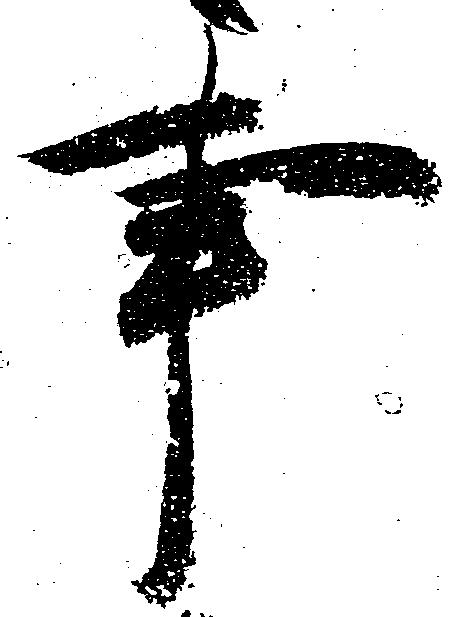
事